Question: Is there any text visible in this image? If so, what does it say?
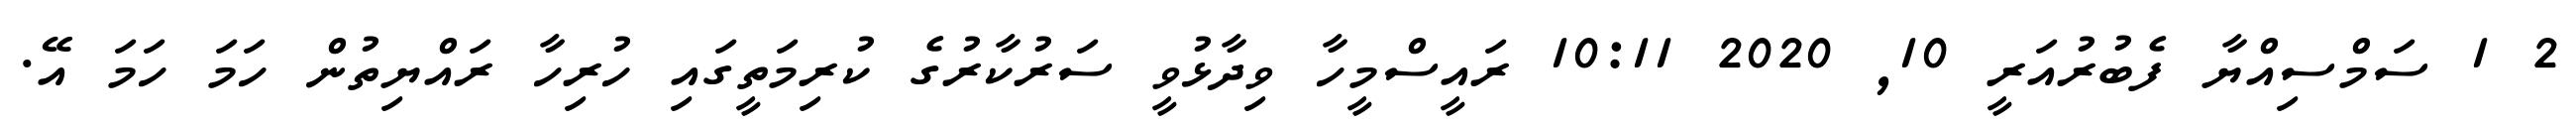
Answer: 2 1 ސަމްސިއްޔާ ފެބުރުއަރީ 10, 2020 10:11 ރައީސްމީހާ ވިދާޅުވީ ސަރުކާރުގެ ކުރިމަތީގައި ހުރިހާ ރައްޔިތުން ހަމަ ހަމަ އޭ.